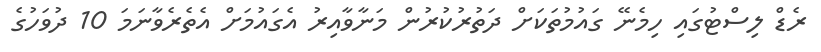
ރެޑް ލިސްޓުގައި ހިމެނޭ ގައުމުތަކަށް ދަތުރުކުރުން މަނާވާއިރު އެގައުމަށް އެތެރެވާނަމަ 10 ދުވަހުގެ